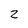
Character: 2